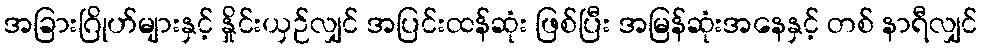
အခြားဂြိုဟ်များနှင့် နှိုင်းယှဉ်လျှင် အပြင်းထန်ဆုံး ဖြစ်ပြီး အမြန်ဆုံးအနေနှင့် တစ် နာရီလျှင်